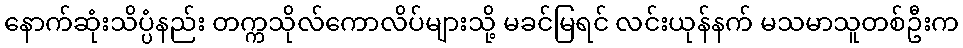
နောက်ဆုံးသိပ္ပံနည်း တက္ကသိုလ်ကောလိပ်များသို့ မခင်မြရင် လင်းယုန်နက် မသမာသူတစ်ဦးက